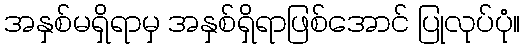
အနှစ်မရှိရာမှ အနှစ်ရှိရာဖြစ်အောင် ပြုလုပ်ပုံ။